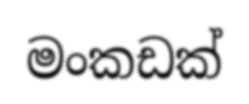
මංකඩක්